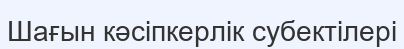
Шағын кәсіпкерлік субектілері